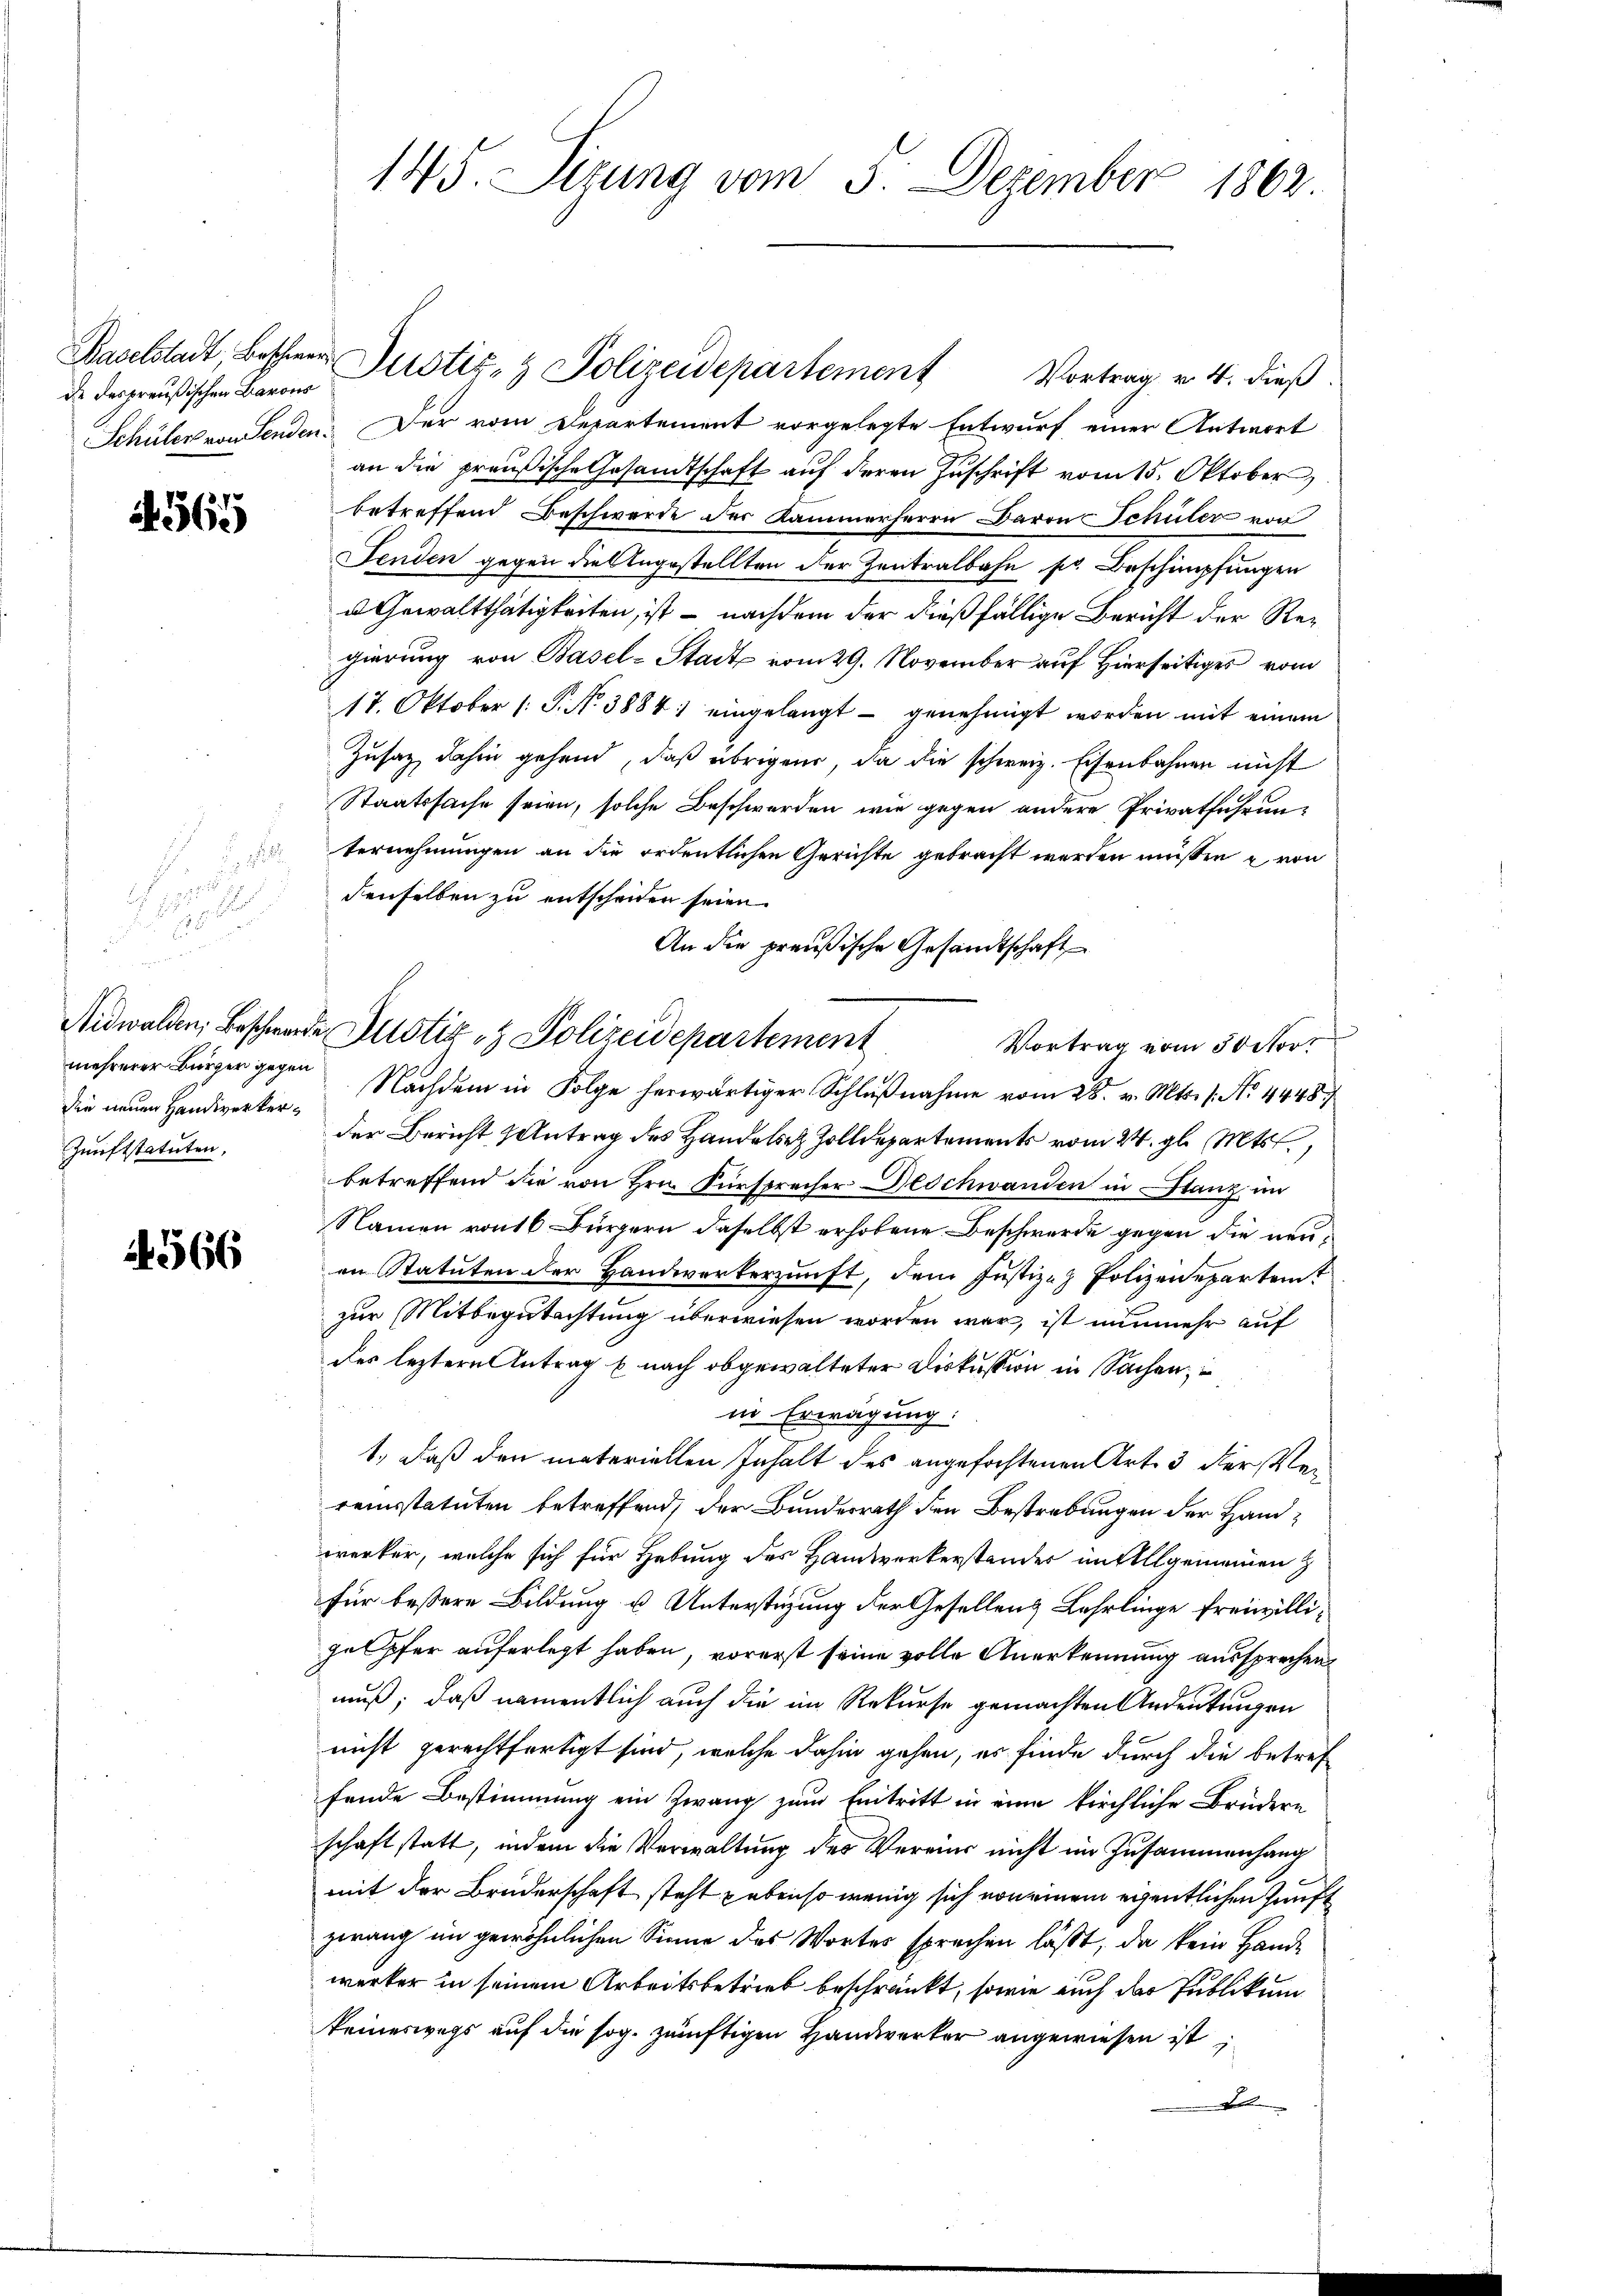
Baselstadt, Beschwere
de des preußischen Barons

563

d
30

mehrerer Bürger gegen
die neuen Handwerker¬
Zunftstatuten,

1566

Vortrag v. 4. dieß.
Schüler von Senden. Der vom Departement vorgelegte Entwurf einer Antwort
an die preußische Gesandtschaft auf deren Zuschrift vom 15. Oktober
betreffend Beschwerde der Kammerherrn Baron Schüler von
Fenden gegen die Angestellten der Zentralbahn pr. Beschimpfungen
u Gewaltthätigkeiten, ist – nachdem der dießfällige Bericht der Regierung von Basel-Stadt vom 29. November auf Hierseitiges vom
17. Oktober 1 S. N. 3884) eingelangt - genehmigt worden mit einem
Zusatz dahin gehend, daß übrigen, da die schweiz. Eisenbahnen nicht
Staatssache seien, solche Beschwerden, wie gegen andere Privatfahrun-
Vernehmungen an die ordentlichen Gerichte gebracht werden müssen u. von
denselben zu entscheiden seien.
An die preußische Gesandtschaft
Nidwalden, Beschwerde Austiz & Polizeidepartement
Nachdem in Folge herwärtiger Schlußnahme vom 28. v. Mts. 1. No. 4448/
der Bericht Antrag des Handelsez Zolldepartements vom 24. gl. Mts.,
betreffend die von Hrn. Fürsprecher Beschwanden in Stanz im
Namen von 16 Bürgern daselbst erhobene Beschwerde gegen die neuen Statuten der Handwerkerzunft, dem Justiz- & Polizen epartemt
zur Mitbegutachtung überwiesen worden war, ist nunmehr auf
des leztere Antrag u nach obgewalteter Diskussion in Sachen,
in Erwägung:
1., daß den materiellen Inhalt des angefochtenen Art. 3 der Verreinsstatuten betreffend der Bundesrath den Bestrebungen der Handwerker, welche sich für Hebung des Handwerkerstander im Allgemeinen
für bessere Bildung u Unterstüzung der Gesellens Lehrlinge freiwillige pfer auferlegt haben, vorerst seine volle Anerkennung aussprechen
muß; daß namentlich auch die im Rekurse gemachten Andeutungen
nicht gerechtfertigt sind, welche dahin gehen, es finde durch die betref
fende Bestimmung ein Zwang zum Eintritt in eine kirchliche Brüdern
schaft statt, indem die Verwaltung des Vereins nicht im Zusammenhang
mit der Bruderschaft steht gebenso wenig sich von einem eigentlichen Zunft
zwang im gewöhnlichen Sinne des Wortes sprechen läßt, da kein Hande
werker in seinem Arbeitsbetrieb beschränkt, sowie auch der Publikum
keineswegs auf die sog. zünftigen Handwerker angewiesen ist,
Des

145. Sizung vom 5. Dezember 1862

Justiz- & Polizeidepartement

Vortrag vom 50 ctor